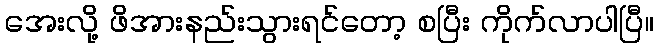
အေးလို့ ဖိအားနည်းသွားရင်တော့ စပြီး ကိုက်လာပါပြီ။